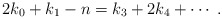
\begin{align*} 2k_{0} +k_{1}-n = k_{3} + 2 k_{4} + \cdots \;. \end{align*}